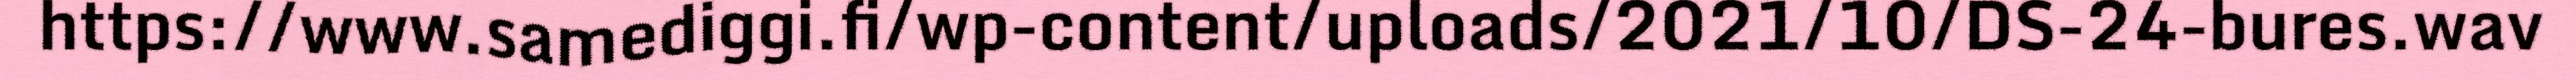
https://www.samediggi.fi/wp-content/uploads/2021/10/DS-24-bures.wav